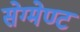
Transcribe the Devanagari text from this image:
सेग्मेण्ट